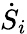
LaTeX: {\dot{S}}_{i}